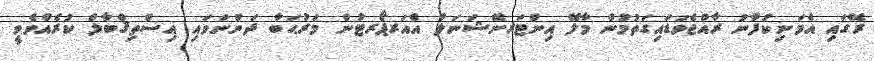
ރޭގައި އެމަނިކުފާނު ރާއްޖެވަޑައިގަތުމުން މާލޭ އިންޓަރނޭޝަނަލް އެއަރޕޯރޓުން މަރުޙަބާ ދަންނަވައި އިސްތިޤްބާލް ކުރެއްވެވީ